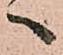
へ